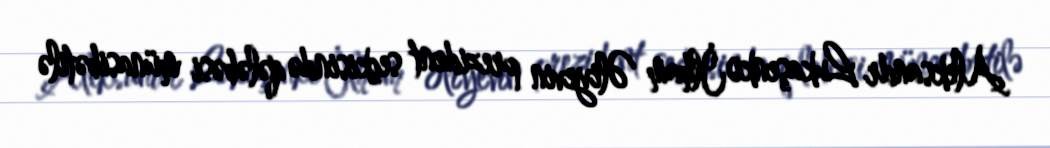
Aleksandr Lukaşenko İlham Əliyevin prezident seçkisində qələbəsi münasibətilə